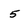
Character: 5